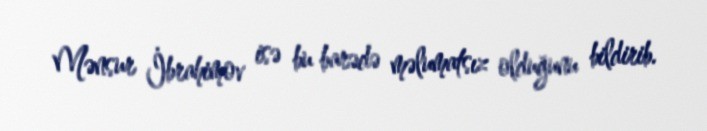
Mənsur İbrahimov isə bu barədə məlumatsız olduğunu bildirib.